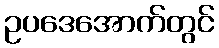
ဥပဒေအောက်တွင်